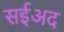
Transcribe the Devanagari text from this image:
सईअद